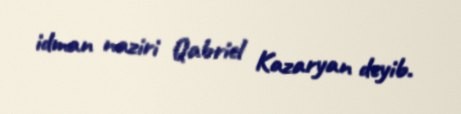
idman naziri Qabriel Kazaryan deyib.